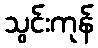
သွင်းကုန်